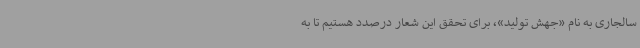
سالجاری به نام «جهش تولید»، برای تحقق این شعار درصدد هستیم تا به